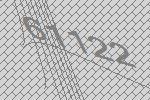
61122